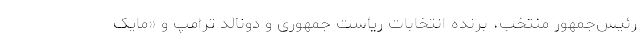
رئیس‌جمهور منتخب، برنده انتخابات ریاست جمهوری و دونالد ترامپ و «مایک